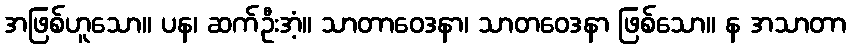
အဖြစ်ဟူသော။ ပန၊ ဆက်ဦးအံ့။ သာတာဝေဒနာ၊ သာတဝေဒနာ ဖြစ်သော။ န အသာတာ